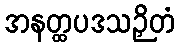
အနတ္ထပဒသဉှိတံ